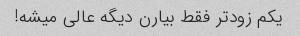
یکم زودتر فقط بیارن دیگه عالی میشه!